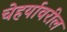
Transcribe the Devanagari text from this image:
चेहर्यावरील